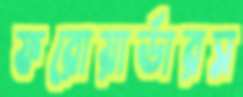
ফরোয়ার্ডারস